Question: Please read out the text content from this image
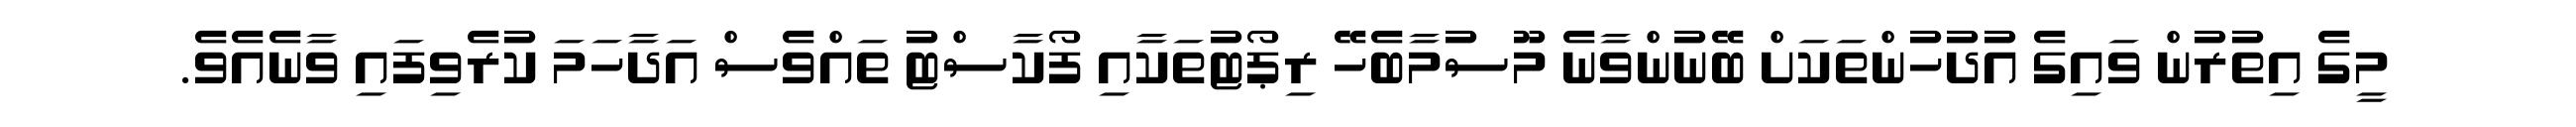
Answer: މީގެ އިތުރުން ވައިގެ އުދުހުންތަކަށް ބޭނުންވާނެ މޫސުމާބެހޭ ރިޕޯޓުތަކާއި ފޯކާސްޓު ތައްވެސް އަދާހަމަ ކުރެވިފައި ވާނެއެވެ.